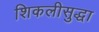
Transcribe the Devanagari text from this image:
शिकलीसुद्धा